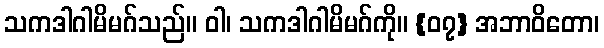
သကဒါဂါမိမဂ်သည်။ ဝါ၊ သကဒါဂါမိမဂ်ကို။ {၀၇} အဘာဝိတော၊